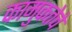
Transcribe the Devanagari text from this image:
कामुकतेचे